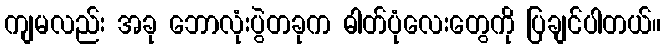
ကျမလည်း အခု ဘောလုံးပွဲတခုက ဓါတ်ပုံလေးတွေကို ပြချင်ပါတယ်။